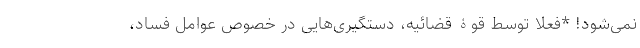
نمی‌شود! *فعلاً توسط قوۀ قضائیه، دستگیری‌هایی در خصوص عوامل فساد،